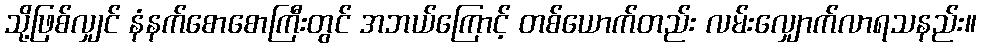
သို့ဖြစ်လျှင် နံနက်စောစောကြီးတွင် အဘယ်ကြောင့် တစ်ယောက်တည်း လမ်းလျှောက်လာရသနည်း။